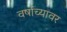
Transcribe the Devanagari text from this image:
वर्षाच्यावर